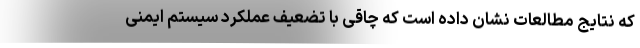
که نتایج مطالعات نشان داده است که چاقی با تضعیف عملکرد سیستم ایمنی